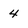
Character: 4